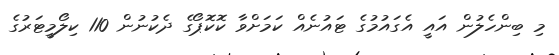
މި ބިންހެލުން އައީ އެގައުމުގެ ޓައުނެއް ކަމަށްވާ ކޮކޮޕޯގެ ދެކުނުން 110 ކިލޯމީޓަރުގެ